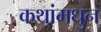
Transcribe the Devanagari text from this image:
कथांमधुन